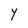
Character: Y